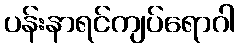
ပန်းနာရင်ကျပ်ရောဂါ